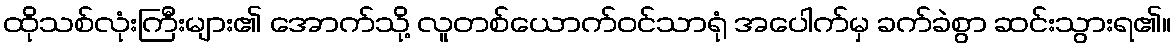
ထိုသစ်လုံးကြီးများ၏ အောက်သို့ လူတစ်ယောက်ဝင်သာရုံ အပေါက်မှ ခက်ခဲစွာ ဆင်းသွားရ၏။